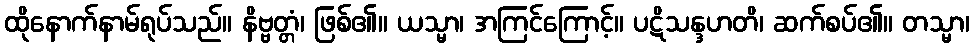
ထိုနောက်နာမ်ရုပ်သည်။ နိဗ္ဗတ္တံ၊ ဖြစ်၏။ ယသ္မာ၊ အကြင်ကြောင့်။ ပဋိသန္ဒဟတိ၊ ဆက်စပ်၏။ တသ္မာ၊